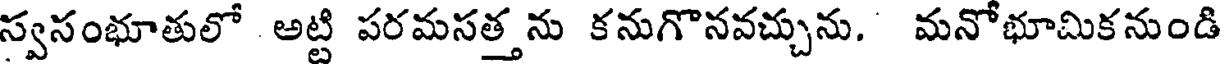
స్వసంభూతులో అట్టి పరమసత్త ను కనుగొనవచ్చును. మనోభూమికనుండి